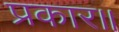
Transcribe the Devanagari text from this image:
प्रकार॥